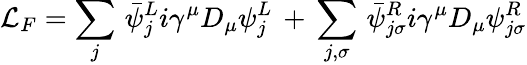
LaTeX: {\cal L}_{F}=\sum_{j}\, \bar{\psi}_{j}^{L}i\gamma^{\mu}D_{\mu}\psi_{j}^{L}\, +\, \sum_{j,\sigma}\, \bar{\psi}_{j\sigma}^{R}i\gamma^{\mu}D_{\mu}\psi_{j\sigma}^{R}